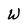
Character: W